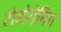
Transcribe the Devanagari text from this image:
टोबोगेनिंग